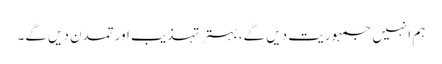
ہم انہیں جمہوریت دیں گے، بہتر تہذیب اور تمدن دیں گے۔